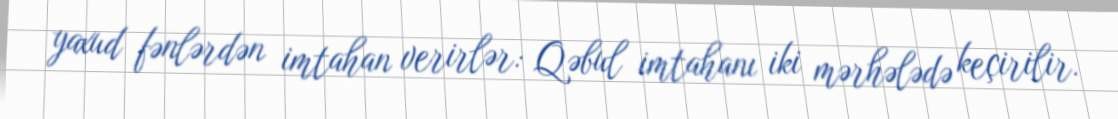
yaxud fənlərdən imtahan verirlər: Qəbul imtahanı iki mərhələdə keçirilir.